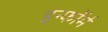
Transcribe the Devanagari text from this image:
इन्फॉर्म